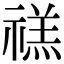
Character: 禚